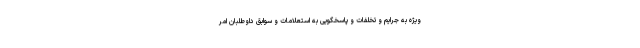
ویژه به جرایم و تخلفات و پاسخگویی به استعلامات و سوابق داوطلبان امر